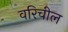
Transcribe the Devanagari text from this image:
वरिचील